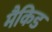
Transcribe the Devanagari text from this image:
मैकिड